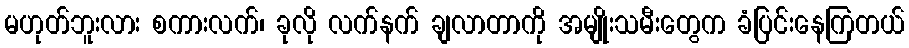
မဟုတ်ဘူးလား စကားလက်၊ ခုလို လက်နက် ချလာတာကို အမျိုးသမီးတွေက ခံပြင်းနေကြတယ်